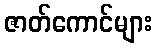
ဇာတ်ကောင်များ